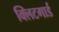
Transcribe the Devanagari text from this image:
क्लिटगार्ड